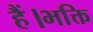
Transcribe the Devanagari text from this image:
हैं।भक्ति